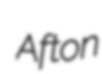
Afton